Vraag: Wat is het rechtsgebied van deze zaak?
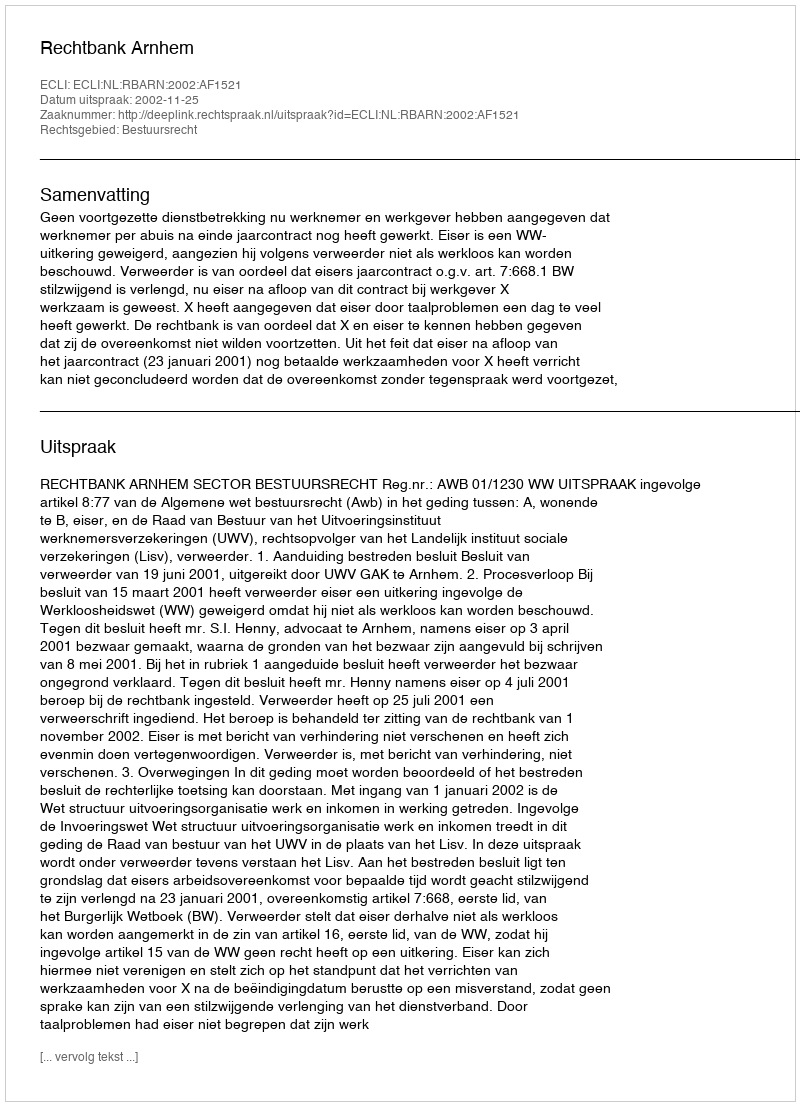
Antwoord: Bestuursrecht